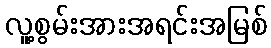
လူ့စွမ်းအားအရင်းအမြစ်